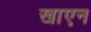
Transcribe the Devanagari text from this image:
खाएन